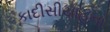
કાદીસીયાહના